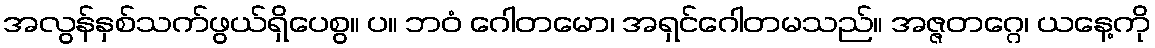
အလွန်နှစ်သက်ဖွယ်ရှိပေစွ။ ပ။ ဘဝံ ဂေါတမော၊ အရှင်ဂေါတမသည်။ အဇ္ဇတဂ္ဂေ၊ ယနေ့ကို